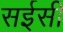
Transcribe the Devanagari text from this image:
सईसी